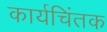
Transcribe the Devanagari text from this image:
कार्यचिंतक